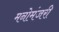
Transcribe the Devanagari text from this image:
मनोमंजरी